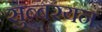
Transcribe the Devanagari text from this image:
सुब्बरयन